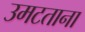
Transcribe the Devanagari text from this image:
उमटताना